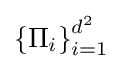
\left\{\Pi _{i}\right\}_{i=1}^{d^{2}}